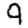
Digit: 9